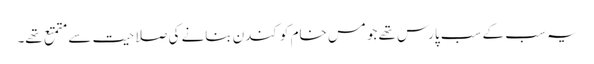
یہ سب کے سب پارس تھے جو مس خام کو کندن بنانے کی صلاحیت سے متمتع تھے۔